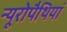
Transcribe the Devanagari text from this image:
न्यूरोपैथियां